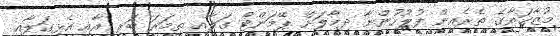
މުޒާހަރާގެ ތެރެއިން ފުލުހުންނާ ދިމާލަށް ޕޭމަންޓް ގަލާއި ތިމަރަ ބަރި އާއި އެޅިގަލާއި